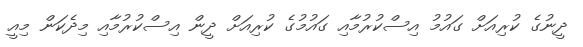
ދީނުގެ ކުރިއަށް ގައުމު އިސްކުރުމާއި ގައުމުގެ ކުރިއަށް ދީން އިސްކުރުމާއި މިދެކަން މިއީ